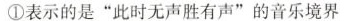
①表示的是“此时无声胜有声”的音乐境界